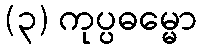
(၃) ကုပ္ပဓမ္မော